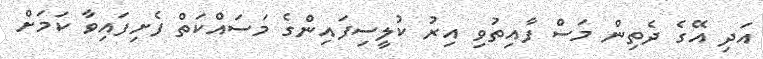
އަދި އޭގެ ދެތިން މަސް ފާއިތުވި އިރު ކުލީސިފައިންގެ މަސައްކަތް ފެށިފައިވާ ކަމަށް